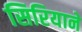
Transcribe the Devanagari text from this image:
सिरियाने